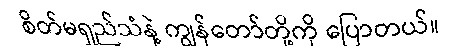
စိတ်မရှည်သံနဲ့ ကျွန်တော်တို့ကို ပြောတယ်။